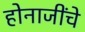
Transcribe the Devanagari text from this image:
होनाजींचे